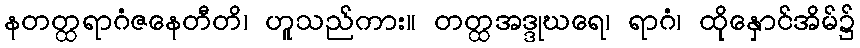
နတတ္ထရာဂံဇနေတီတိ၊ ဟူသည်ကား။ တတ္ထအဒ္ဒုဃရေ၊ ရာဂံ၊ ထိုနှောင်အိမ်၌